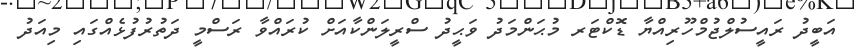
އަބީދު ރައީސުލްޖުމްހޫރިއްޔާ ޑޮކްޓަރ މުޙަންމަދު ވަޙީދު ސްރީލަންކާއަށް ކުރައްވާ ރަސްމީ ދަތުރުފުޅެއްގައި މިއަދު